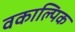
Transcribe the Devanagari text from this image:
वकाल्पिक